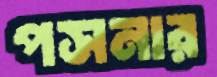
পসনার